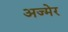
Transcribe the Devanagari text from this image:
अज्मेर